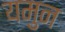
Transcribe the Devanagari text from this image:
यमुन